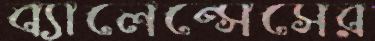
ব্যালেন্সেসের